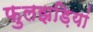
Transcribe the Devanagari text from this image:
फुलझड़ियां